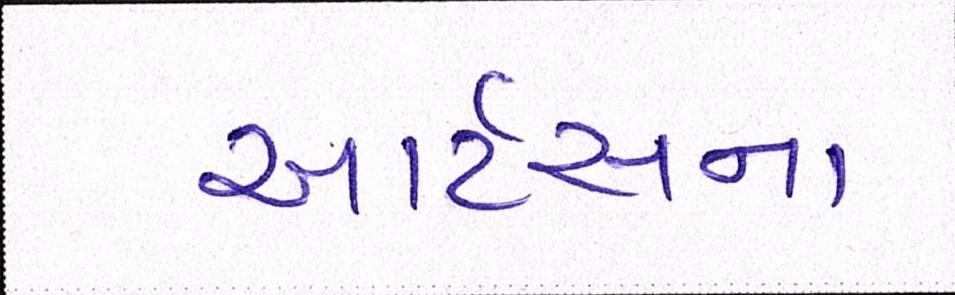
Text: આર્ટસના